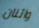
واثنان